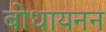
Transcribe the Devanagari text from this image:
बोधायनन